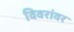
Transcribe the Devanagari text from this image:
विवरांवर